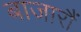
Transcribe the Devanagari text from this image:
बाजारौं